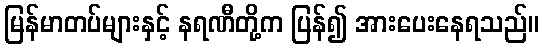
မြန်မာတပ်များနှင့် နရဏီတို့က ပြန်၍ အားပေးနေရသည်။